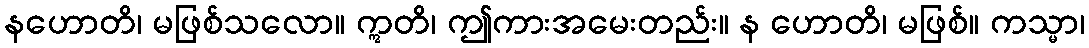
နဟောတိ၊ မဖြစ်သလော။ ဣတိ၊ ဤကားအမေးတည်း။ န ဟောတိ၊ မဖြစ်။ ကသ္မာ၊